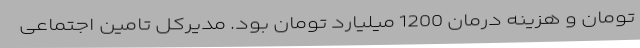
تومان و هزینه درمان 1200 میلیارد تومان بود. مدیرکل تامین اجتماعی